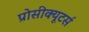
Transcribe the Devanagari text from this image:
प्रोसीक्यूटर्स